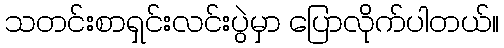
သတင်းစာရှင်းလင်းပွဲမှာ ပြောလိုက်ပါတယ်။